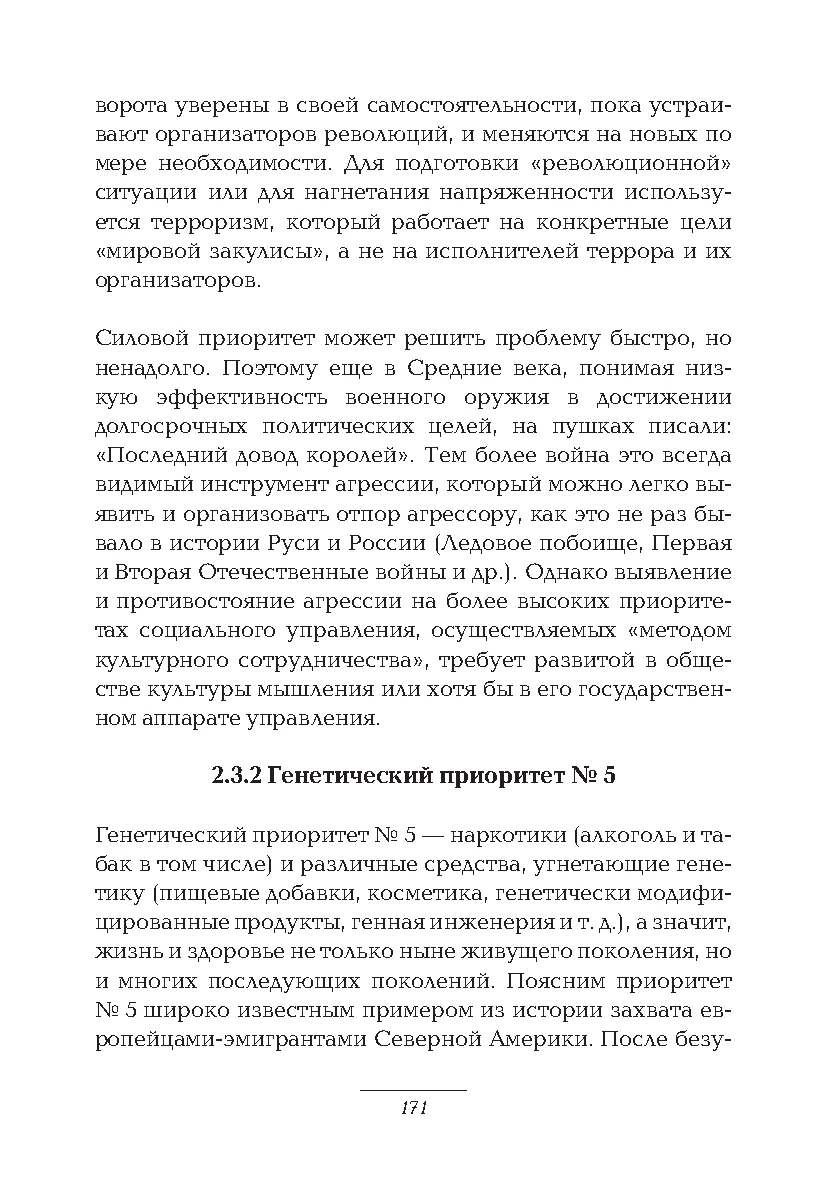
ворота уверены в своей самостоятельности, пока устраи-
 вают организаторов революций, и меняются на новых по
 мере необходимости. Для подготовки «революционной»
 ситуации или для нагнетания напряженности использу-
 ется терроризм, который работает на конкретные цели
 «мировой закулисы», а не на исполнителей террора и их
 организаторов.
 Силовой приоритет может решить проблему быстро, но
 ненадолго. Поэтому еще в Средние века, понимая низ-
 кую эффективность военного оружия в достижении
 долгосрочных политических целей, на пушках писали:
 «Последний довод королей». Тем более война это всегда
 видимый инструмент агрессии, который можно легко вы-
 явить и организовать отпор агрессору, как это не раз бы-
 вало в истории Руси и России (Ледовое побоище, Первая
 и Вторая Отечественные войны и др.). Однако выявление
 и противостояние агрессии на более высоких приорите-
 тах социального управления, осуществляемых «методом
 культурного сотрудничества», требует развитой в обще-
 стве культуры мышления или хотя бы в его государствен-
 ном аппарате управления.
 2.3.2 Генетический приоритет № 5
 Генетический приоритет № 5 — наркотики (алкоголь и та-
 бак в том числе) и различные средства, угнетающие гене-
 тику (пищевые добавки, косметика, генетически модифи-
 цированные продукты, генная инженерия и т. д.), а значит,
 жизнь и здоровье не только ныне живущего поколения, но
 и многих последующих поколений. Поясним приоритет
 № 5 широко известным примером из истории захвата ев-
 ропейцами-эмигрантами Северной Америки. После безу-
 171